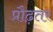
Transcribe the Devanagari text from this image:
प्रौढ़तर